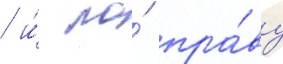
/ и́ по́ пра́ву